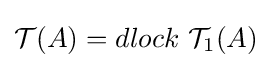
{\mathcal {T}}(A)=dlock~{\mathcal {T}}_{1}(A)